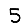
Digit: 5